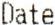
DATE